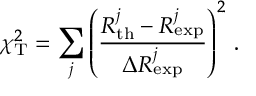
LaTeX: \chi _ { \mathrm { T } } ^ { 2 } = \sum _ { j } \left( \frac { R _ { \mathrm { t h } } ^ { j } - R _ { \mathrm { e x p } } ^ { j } } { { \Delta R _ { \mathrm { e x p } } ^ { j } } } \right) ^ { 2 } \, .